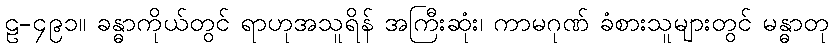
ဠ-၄၉၁။ ခန္ဓာကိုယ်တွင် ရာဟုအသူရိန် အကြီးဆုံး၊ ကာမဂုဏ် ခံစားသူများတွင် မန္ဓာတု